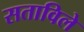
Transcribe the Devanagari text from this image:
सताविले